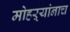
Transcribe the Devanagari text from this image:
मोहऱ्यांनाच